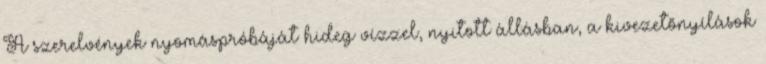
A szerelvények nyomáspróbáját hideg vízzel, nyitott állásban, a kivezetõnyílások